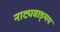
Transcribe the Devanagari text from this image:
नाट्यवाङ्‌मय